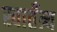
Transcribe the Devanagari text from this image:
स्वातँत्र्य